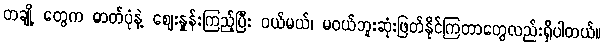
တချို့ တွေက ဓာတ်ပုံနဲ့ ဈေးနှုန်းကြည့်ပြီး ဝယ်မယ်၊ မဝယ်ဘူးဆုံးဖြတ်နိုင်ကြတာတွေလည်းရှိပါတယ်။